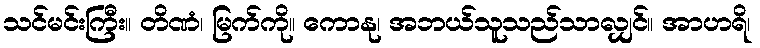
သင်မင်းကြီး။ တိဏံ၊ မြက်ကို။ ကောနု၊ အဘယ်သူသည်သာလျှင်။ အာဟရိ၊